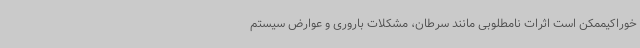
خوراکیممکن است اثرات نامطلوبی مانند سرطان، مشکلات باروری و عوارض سیستم